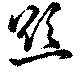
慾